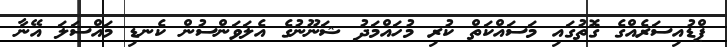
ޕްޑުއިސަރެއްގެ ގޮތުގައި މަސައްކަތް ކުރި މުހައްމަދު ޝަނޫނުގެ އެލަވަންސުން ކެނޑި މައްސަލަ އޭނާ